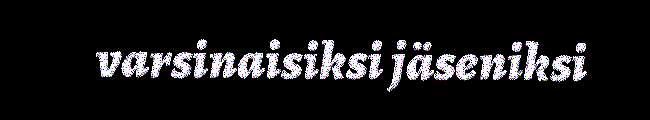
varsinaisiksi jäseniksi